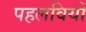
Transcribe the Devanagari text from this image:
पहलवियों